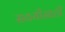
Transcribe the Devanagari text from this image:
सवयीसाठी